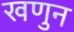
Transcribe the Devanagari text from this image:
खणुन